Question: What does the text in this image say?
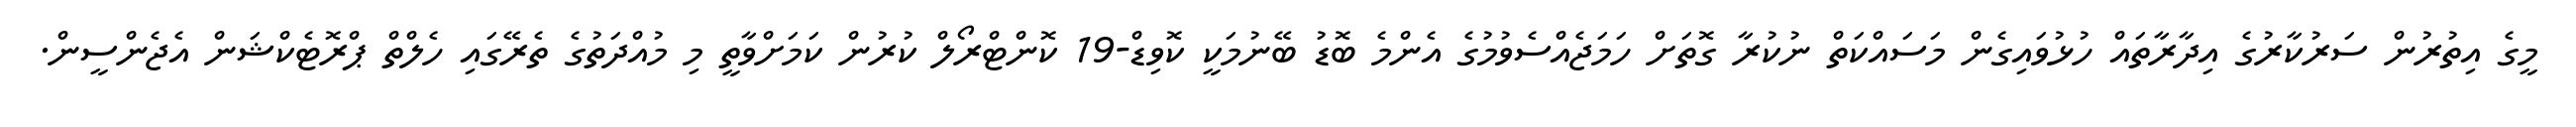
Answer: މީގެ އިތުރުން ސަރުކާރުގެ އިދާރާތައް ހުޅުވައިގެން މަސައްކަތް ނުކުރާ ގޮތަށް ހަމަޖެއްސެވުމުގެ އެންމެ ބޮޑު ބޭނުމަކީ ކޮވިޑް-19 ކޮންޓްރޯލް ކުރުން ކަމަށްވާތީ މި މުއްދަތުގެ ތެރޭގައި ހެލްތް ޕްރޮޓެކްޝަން އެޖެންސީން.